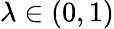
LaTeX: \lambda\in(0,1)